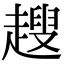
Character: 𧽏